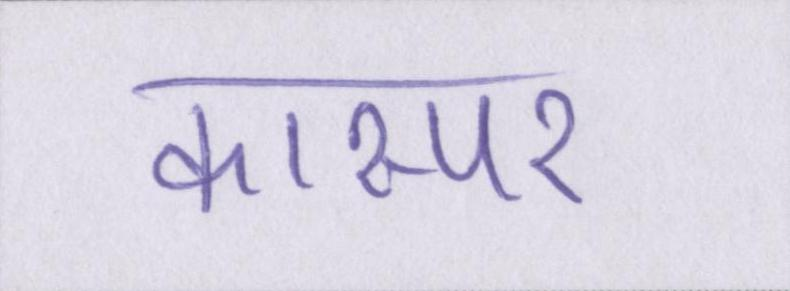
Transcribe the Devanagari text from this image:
कास्पर